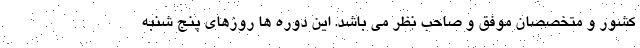
کشور و متخصصان موفق و صاحب نظر می باشد. این دوره ها روزهای پنج شنبه